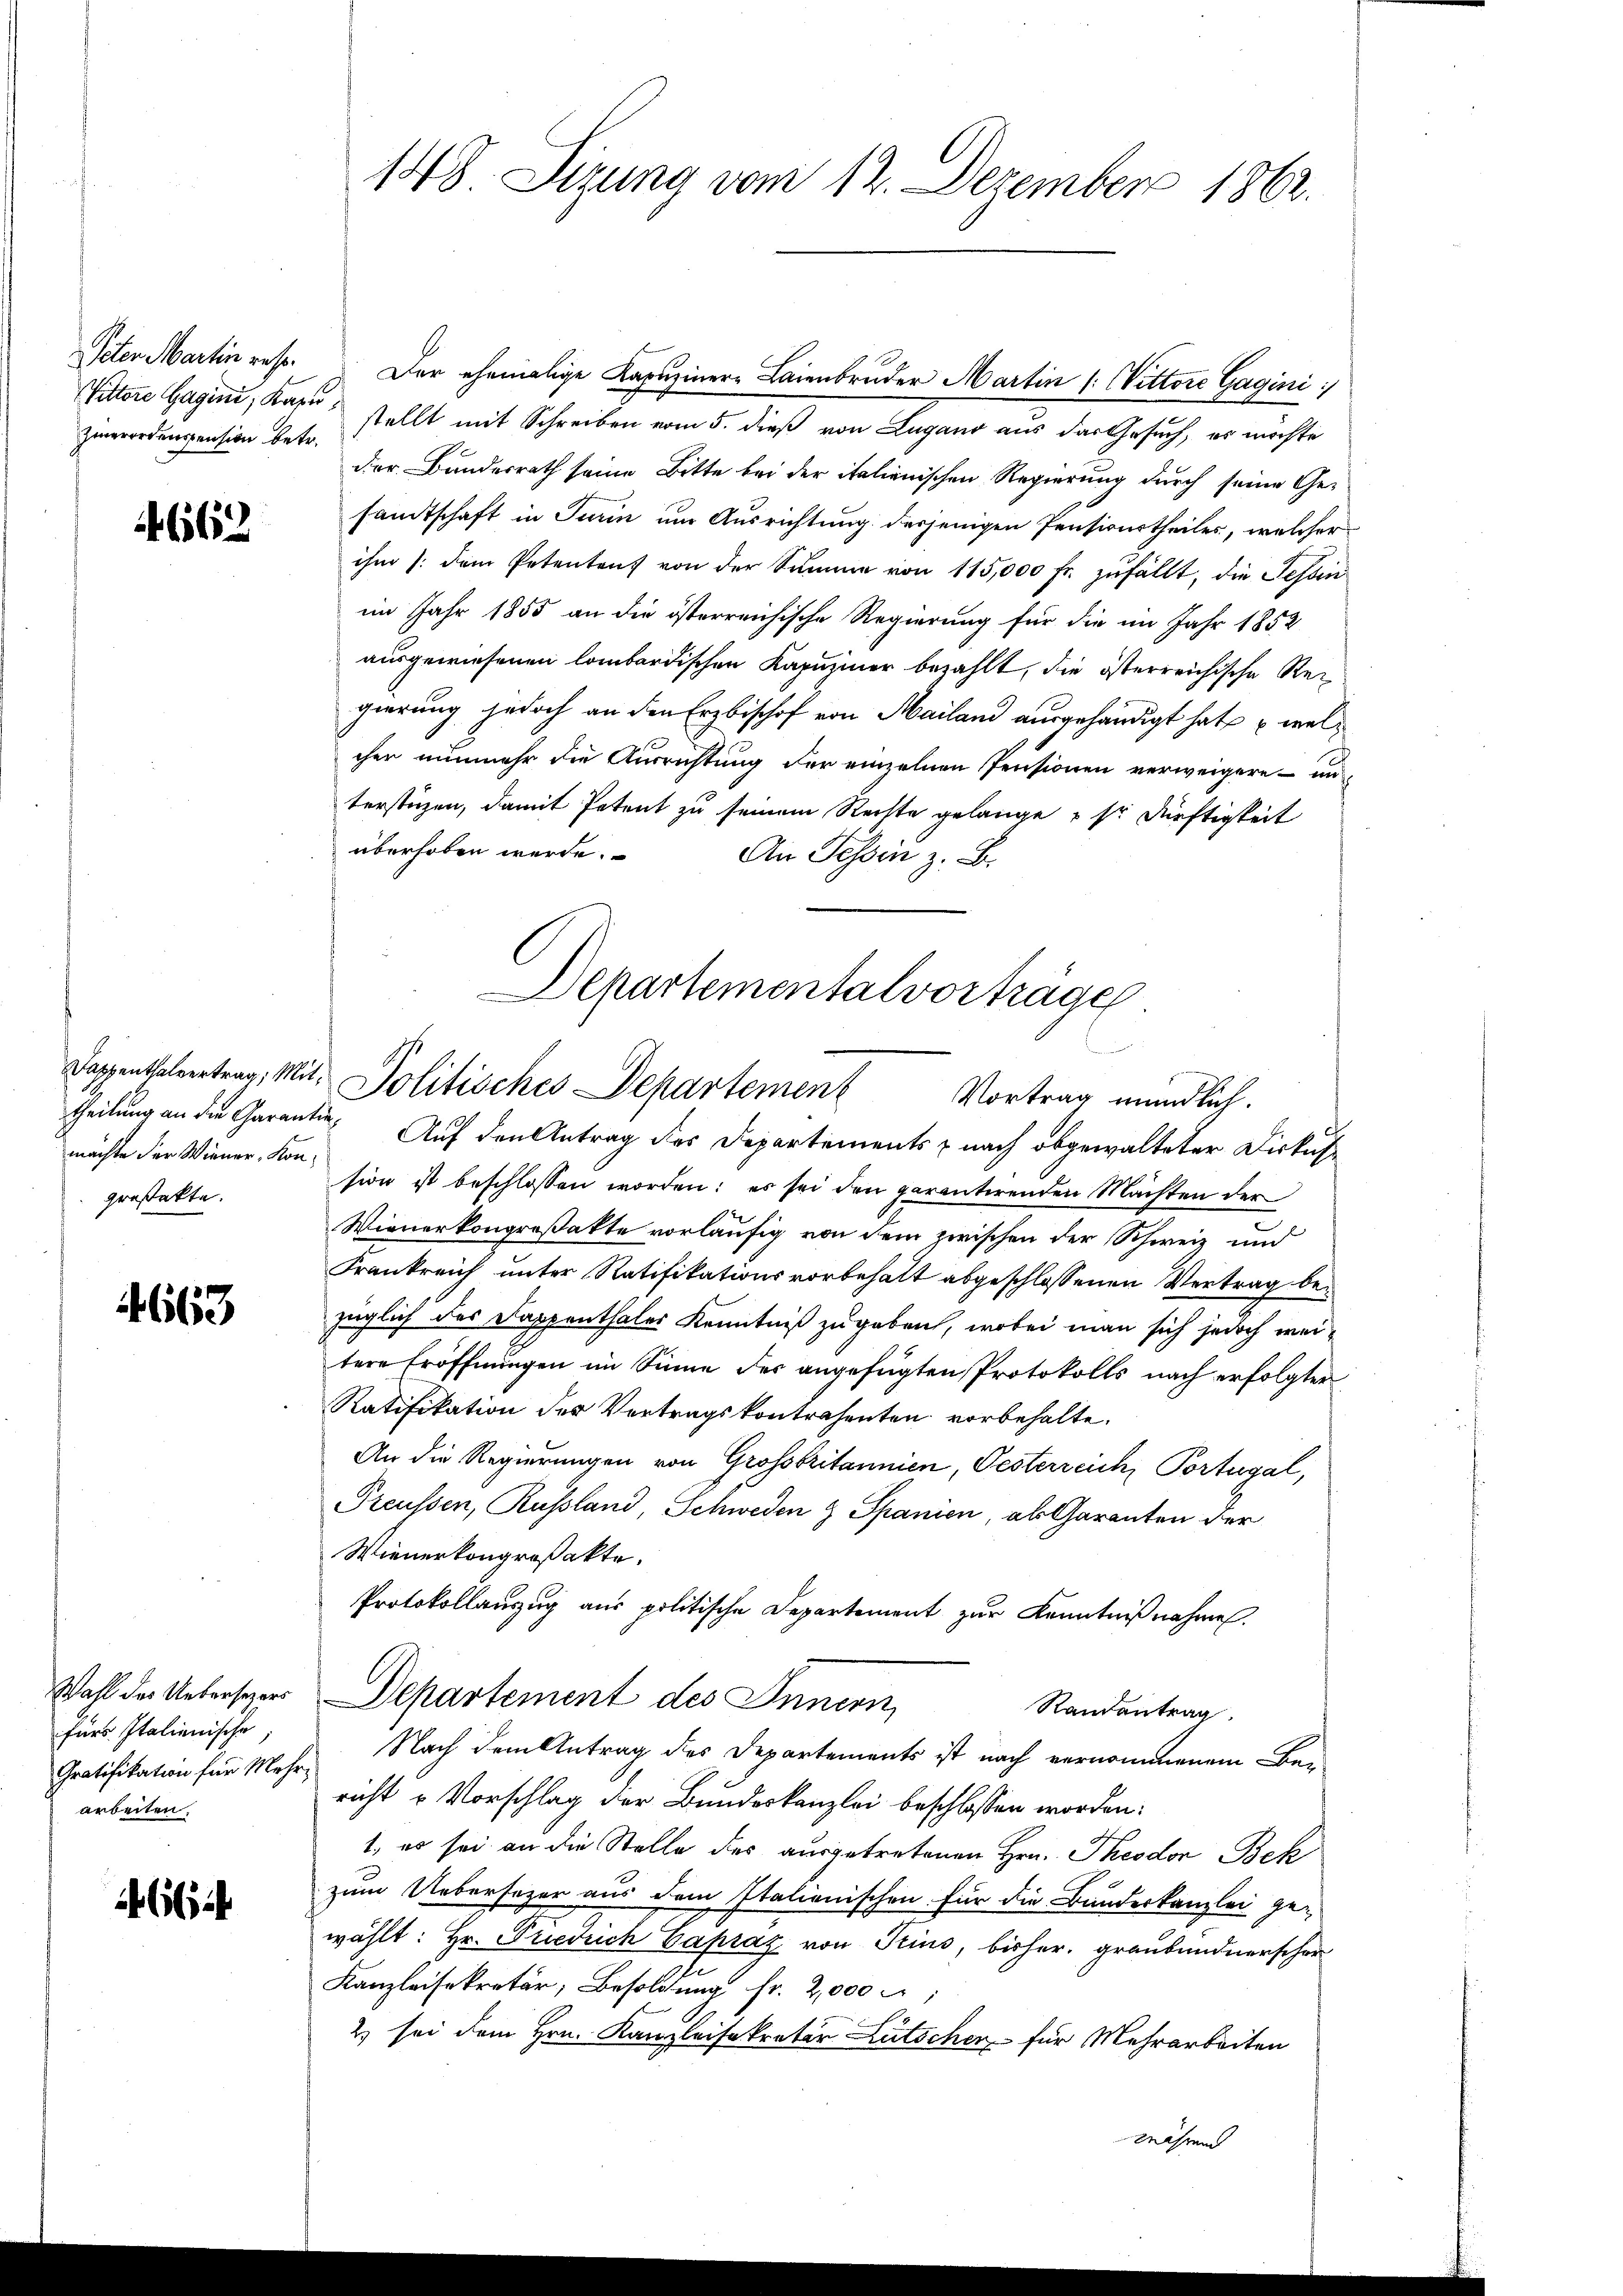
Zierordensension betr.

4662

machte der Wiener, Konpreßakte.

4663

fürs. Italienische;
Gratifikation für Mehrarbeiten.

i

Peter Martin rest. Der ehemalige Kapuziner Laienbruder Martin /: Nittore Gagini :/
Vittore Gagini, Kapestellt mit Schreiben vom 5. dieß von Lugano aus das Gesuch, es möchte
der Bundesrath seine Bitte bei der italienischen Regierung durch seine Gesandtschaft in Turin um Ausrichtung derjenigen Pensionstheiles, welcher
ihm /: dem Petentens von der Sŭmme von 115,000 fr. zŭfällt, die Tessin
im Jahr 1855 an die österreichische Regierung für die im Jahr 1852
ausgewiesenen lombardischen Kapuziner bezahlt, die österreichische Regierung jedoch an den Erzbischof von Mailand ausgehändigt hat, welcher nunmehr die Ausrichtung der einzelnen Pensionen verweigere - un
terstüzen, damit Petent zu seinem Rechte gelange u so dürftigkeit
überhoben werde.
An Tessin z. B.
theilung an die Garantin. Auf den Antrag des Departements - nach obgewalteter Diskus
sion ist beschlossen worden: es sei den parentirenden Mächten der
Wienerkongroßakte vorläufig von dem zwischen der Schweiz und
Frankreich unter Ratifikationsvorbehalt abgeschlossenen Vertrag bezüglich des Kappenthaler Kenntniß zugeben, wobei man sich jedoch weitere Eröffnungen im Sinne der angefügten Protokolls nach erfolgter
Ratifikation der Vertragskontrahenten vorbehalte.
An die Regierungen von Grossbritannien, Pesterreich, Portugal,
Preussen, Russland, Schweden & Spanien, als Garanten der
Wienerkongroßakte.
Protokollanzug aus politische Departement zur Kenntnißnahme.
Wahl der Unterster Departement des Innern,
Randantrag
Nach dem Antrag des Departements ist nach vernommenem Ber
richt u Vorschlag der Bundeskanzlei beschlossen worden:
1. es sei an die Stelle des ausgetretenen Hrn. Theodor Bek
zum Uebersezer aus dem Italienischen für die Bundeskanzlei ge-
wählt: Hr. Friedrich Capraz von Pins, bisher, graubündnerscher
Kanzleisekretär, Besoldung fr. 2,000 f:
2) sei dem Hrn. Kanzleisekretär Lütscher für Mehrarbeiten
gnährend

148. Sizung vom 12. Dezember 1862.

Departementalvorträge
Dappenthalvertrag, Mit. Politisches Departement Vortrag mündlich.